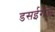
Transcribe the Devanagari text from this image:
डसईगंज